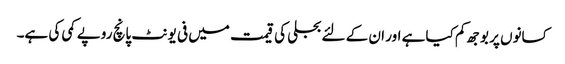
کسانوں پر بوجھ کم کیا ہے اور ان کے لئے بجلی کی قیمت میں فی یونٹ پانچ روپے کمی کی ہے۔